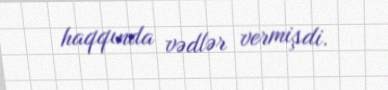
haqqında vədlər vermişdi.